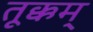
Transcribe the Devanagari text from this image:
तूक्कम्